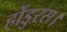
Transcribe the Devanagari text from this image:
होंडुरस।